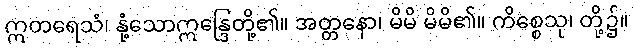
ဣတရေသံ၊ နုံ့သောဣန္ဒြေတို့၏။ အတ္တနော၊ မိမိ မိမိ၏။ ကိစ္စေသု၊ တို့၌။